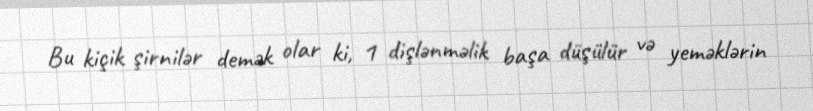
Bu kiçik şirnilər demək olar ki, 1 dişlənməlik başa düşülür və yeməklərin